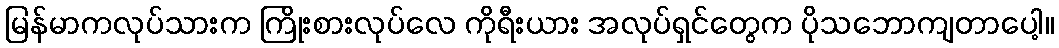
မြန်မာကလုပ်သားက ကြိုးစားလုပ်လေ ကိုရီးယား အလုပ်ရှင်တွေက ပိုသဘောကျတာပေါ့။